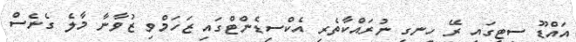
އައްޑޫ ސިޓީގައި ރޭ ހިނގި ނުރައްކާތެރި އެކްސިޑެންޓްގައި ޒަހަމްވި ޒުވާނާ މާލެ ގެނެސް